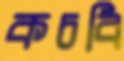
কচবি